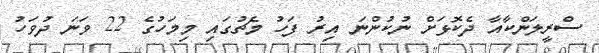
ސްރީލަންކާއާ ދެކޮޅަށް ނުކުންނަ އިރު ފަހު މެޗުގައި މިމަހުގެ 22 ވަނަ ދުވަހު